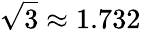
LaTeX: {\sqrt{3}}\approx 1.732